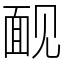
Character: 䩄